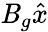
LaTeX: \mathit{B}_{g}\hat{{x}}